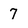
Character: 7